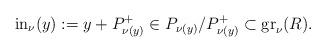
LaTeX: \begin{align*}\textrm{in}_\nu(y):=y+P_{\nu(y)}^+\in P_{\nu(y)}/P_{\nu(y)}^+\subset \textrm{gr}_\nu(R).\end{align*}